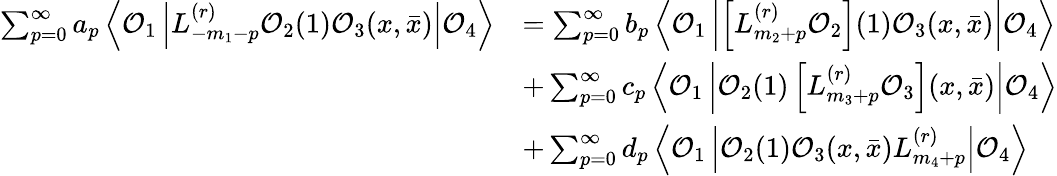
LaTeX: \begin{array}{rl}{\sum_{p=0}^{\infty}a_{p}\left\langle\mathcal{O}_{1}\left|L_{-m_{1}-p}^{(r)}\mathcal{O}_{2}(1)\mathcal{O}_{3}(x,\bar{x})\right|\mathcal{O}_{4}\right\rangle}&{=\sum_{p=0}^{\infty}b_{p}\left\langle\mathcal{O}_{1}\left|\left[L_{m_{2}+p}^{(r)}\mathcal{O}_{2}\right](1)\mathcal{O}_{3}(x,\bar{x})\right|\mathcal{O}_{4}\right\rangle}\\ &{+\sum_{p=0}^{\infty}c_{p}\left\langle\mathcal{O}_{1}\left|\mathcal{O}_{2}(1)\left[L_{m_{3}+p}^{(r)}\mathcal{O}_{3}\right](x,\bar{x})\right|\mathcal{O}_{4}\right\rangle}\\ &{+\sum_{p=0}^{\infty}d_{p}\left\langle\mathcal{O}_{1}\left|\mathcal{O}_{2}(1)\mathcal{O}_{3}(x,\bar{x})L_{m_{4}+p}^{(r)}\right|\mathcal{O}_{4}\right\rangle}\end{array}